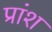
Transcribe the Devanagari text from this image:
प्रांश